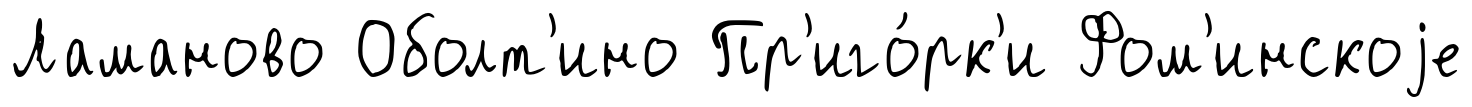
Ламаново Оболт'ино Пр'иго́рк'и Фом'инскоjе